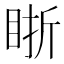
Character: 䀿